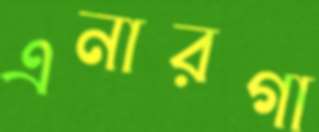
এনারগা